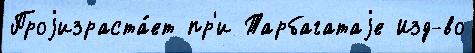
Проjизраста́ет пр'и Тарбагатаjе Изд-во